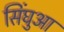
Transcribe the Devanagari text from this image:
सिंघुआ